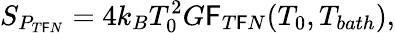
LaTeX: S_{P_{T\mathsf{F}N}}=4k_{B}T_{0}^{2}G\mathsf{F}_{T\mathsf{F}N}(T_{0},T_{bath}),